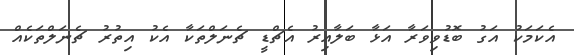
އެކަމަކު އަގު ބޮޑުވިވަރާ އަޅާ ބަލާއިރު އެޗްޑީ ޗެނަލްތަކާ އެކު އިތުރު ޗެނަލްތަކެއް